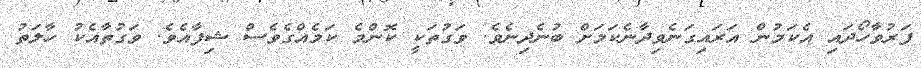
ފަރުވާހޯދައި އެކަމުން އަރައިގަނެވިދާނެކަމަށް ބުނެދިނެވެ. ވަގުތަކީ ކޮންމެ ކަމެއްގެވެސް ޝިފާއެވެ. ވަގުތާއެކު ހާލަތު